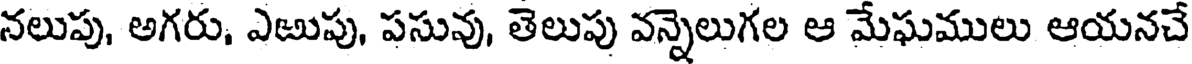
నలుపు, అగరు, ఎఱుపు, పసువు, తెలుపు వన్నెలుగల ఆ మేఘములు ఆయనచే